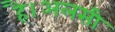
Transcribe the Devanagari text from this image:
है।अलसी